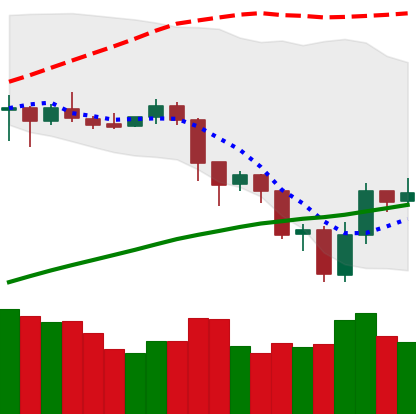
Ticker: LTC-USD
Chart end date: 2019-07-20
Forward return: -7.12%
Label: down_7plus